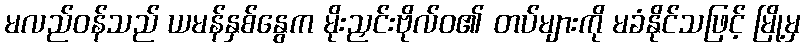
မလည်ဝန်သည် ယမန်နှစ်နွေက မိုးညှင်းဗိုလ်ဝ၏ တပ်များကို မခံနိုင်သဖြင့် မြို့မှ